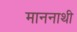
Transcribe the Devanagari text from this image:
माननाथी